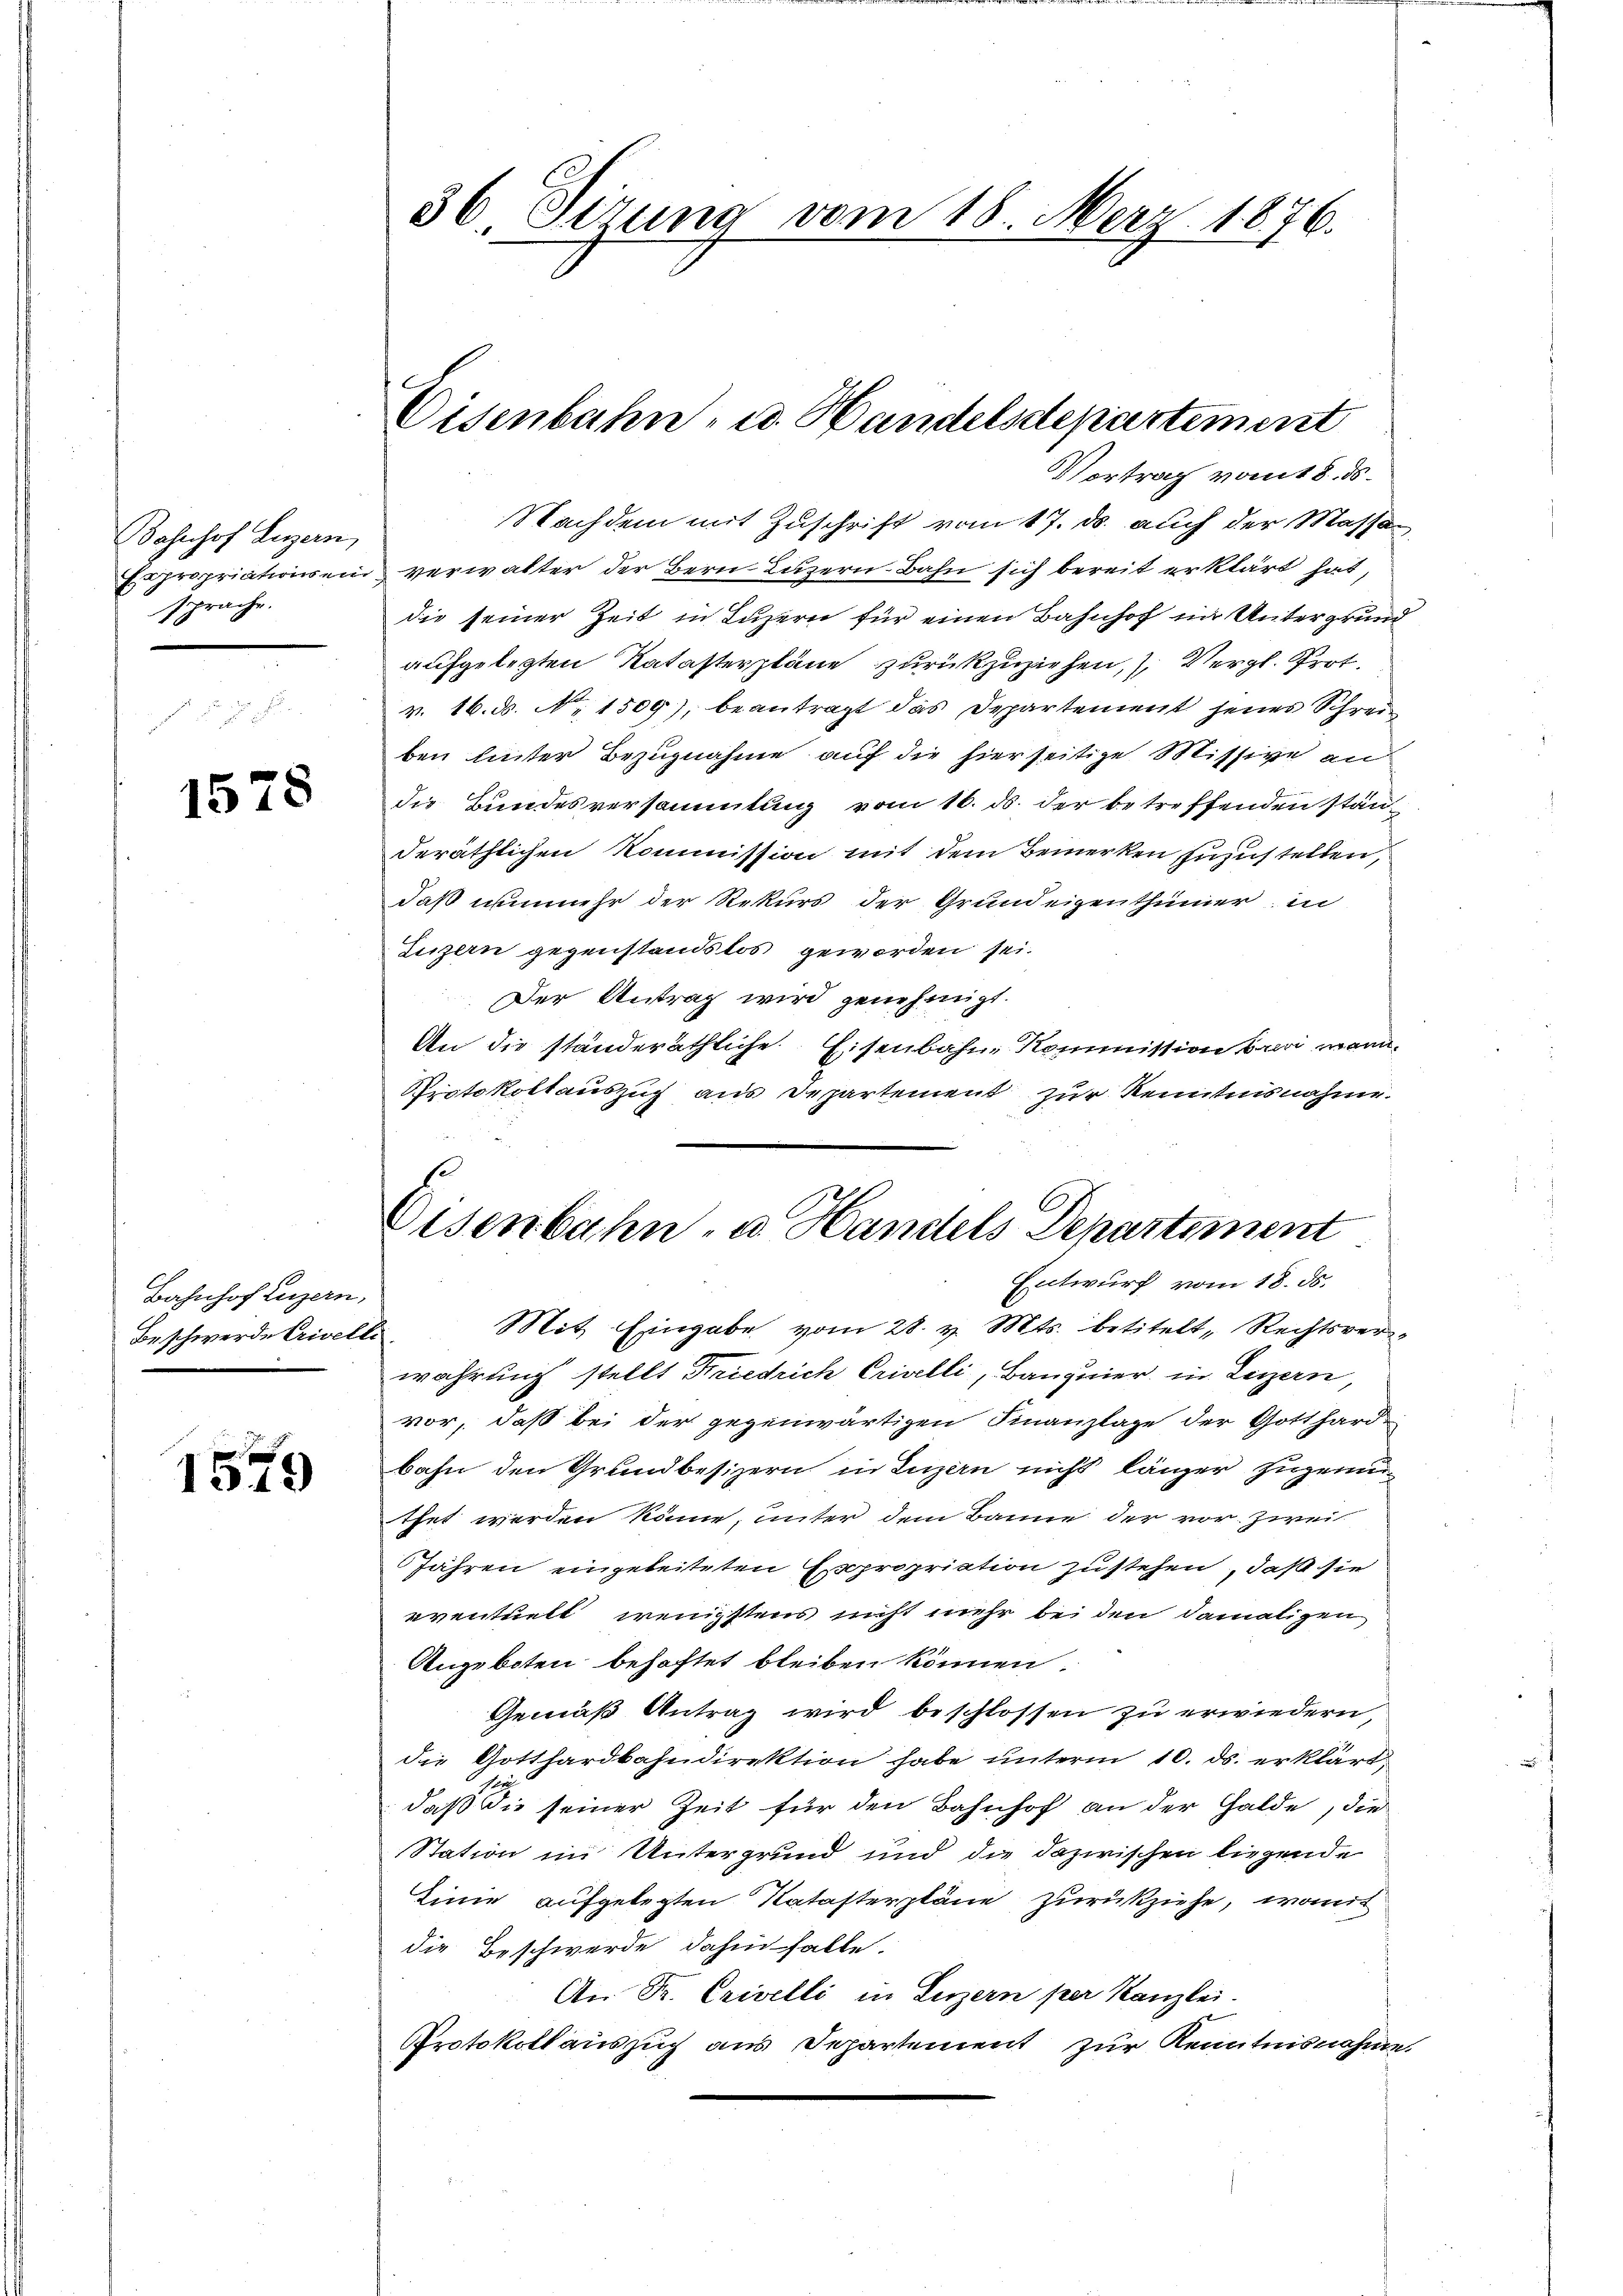
Bahnhof Luzern,
sprache.

1578

Vortrag vom 18. ds.
Nachdem mit Zuschrift vom 17. ds. auch der Massen
Expropriationsein verwalter der Bern Luzern Bahn sich bereit erklärt hat,
die seiner Zeit in Luzern für einen Bahnhof in Untergrund
aufgelegten Katasterpläne zurückzuziehen, Vergl. Prot.
v. 16. ds. No. 1509), beantragt das Departement jenes Schreiben hinter Bezugnahme auf die hierseitige Missive an
die Bundesversammlung vom 16. ds. der betreffenden ständeräthlichen Kommission mit dem Bemerken zuzustellen,
daß nunmehr der Rekurs der Grundeigenthümer in
Luzern gegenstandslos geworden sei.
Der Antrag wird genehmigt.
An die ständeräthliche Eisenbahne Kommission beri mann¬
Protokollauszug aus Departement zur Kenntnisnahme.
wahrung stellt Friedrich Crivelli, Banquier, in Luzern,
vor, daß bei der gegenwärtigen Finanzlage der Gotthardbahn den Grundbesizern in Luzern nicht länger zugemuthet werden könne, unter dem Banne der vor. Zwei
Jahren eingeleiteten Expropriation zustehen, daß sie
eventuelt wenigstens nicht mehr bei den damaligen
Angeboten behaftet bleiben können.
Gemäß Antrag wird beschlossen zu erwiedern,
die Gotthardbahndirektion habe unterm 10. ds. erklärt,
daß die seiner Zeit für den Bahnhof an der Galde, die
Station im Untergrund und die dazwischen liegende
Einie aufgelegten Natasterpläne zurückziehe, womit
die Beschwerde dahin falle.
An Dr. Crivelli in Luzern per Kanzlei.
Protokoll auszug aus Departement zur Kenntnisnahme.

Bahnhof Luzern,
Beschwerde Erivelle.

1549

36 Sizung vom 18. Merz 1876.

Eisenbahn- u. Handelsdepartement

Eisenbahn, u. Handels Departement
Entwurf vom 18. ds.
Mit Eingabe vom 28. v. Mts. betitelt „Rechtsver¬